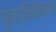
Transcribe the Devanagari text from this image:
पुनर्विनीकरण